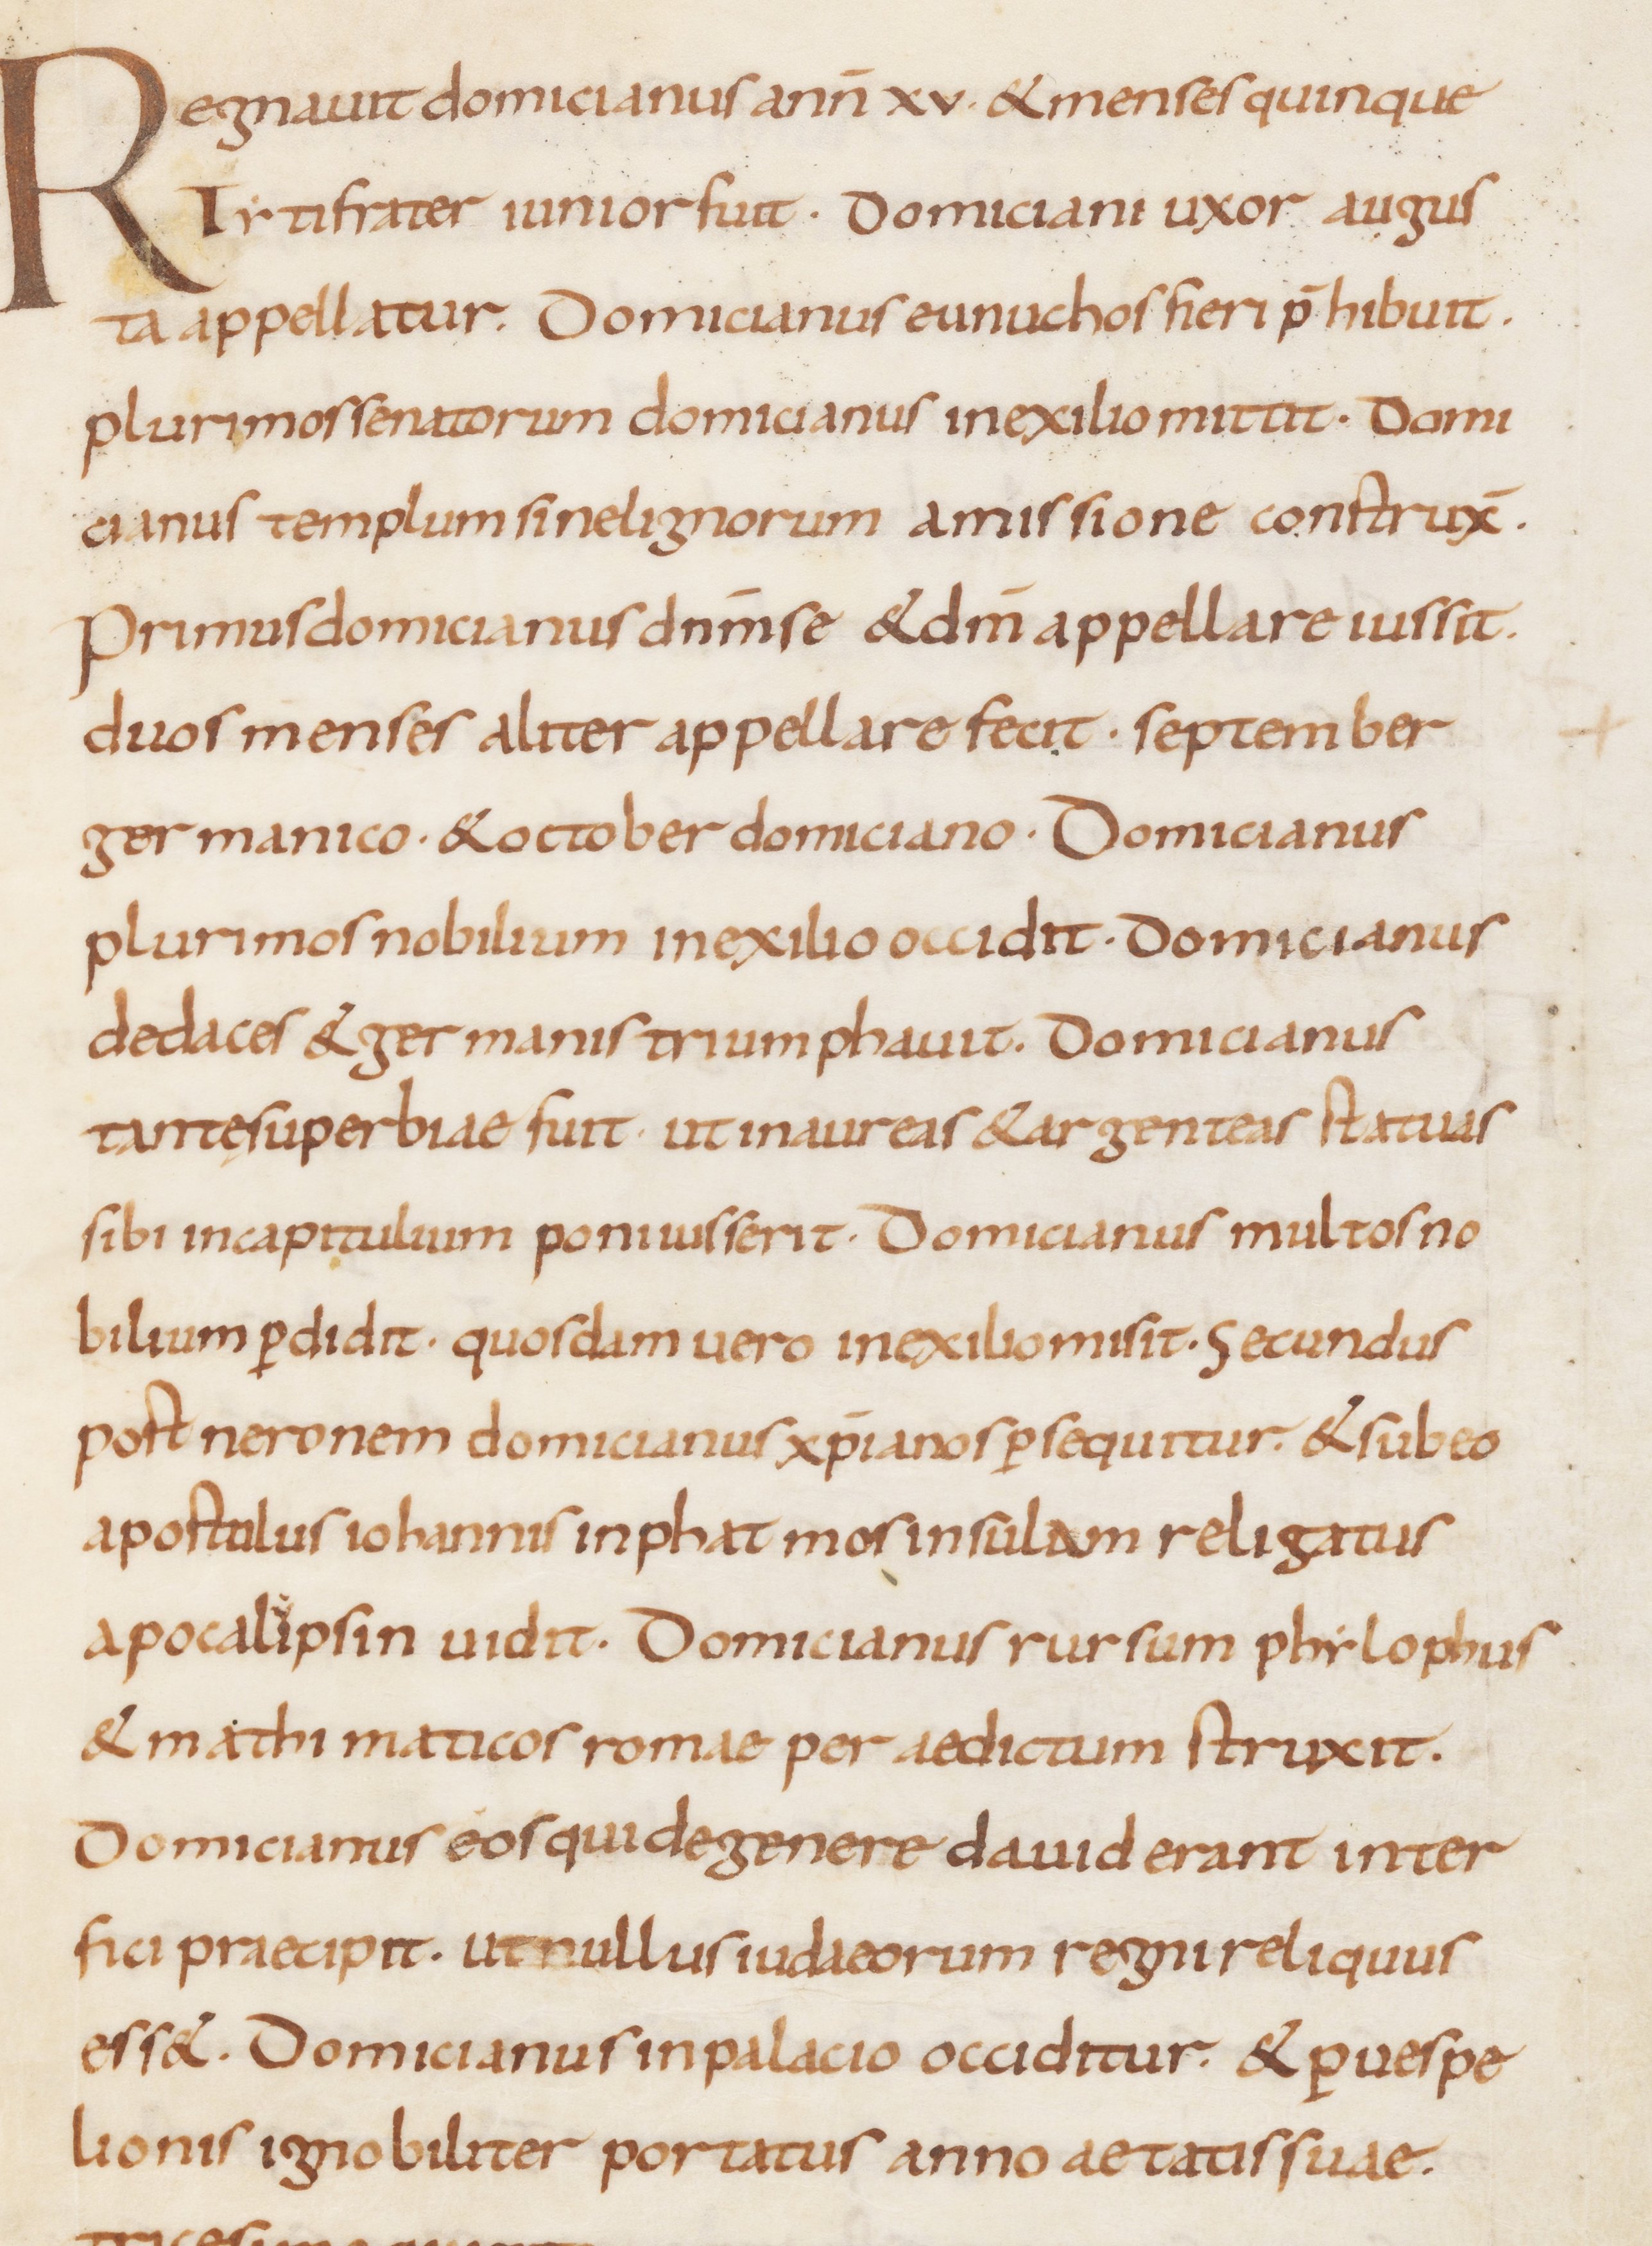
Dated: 815–845